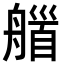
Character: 𦩽